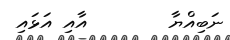
ނަބިއްޔާ        އާއި އަޅައި